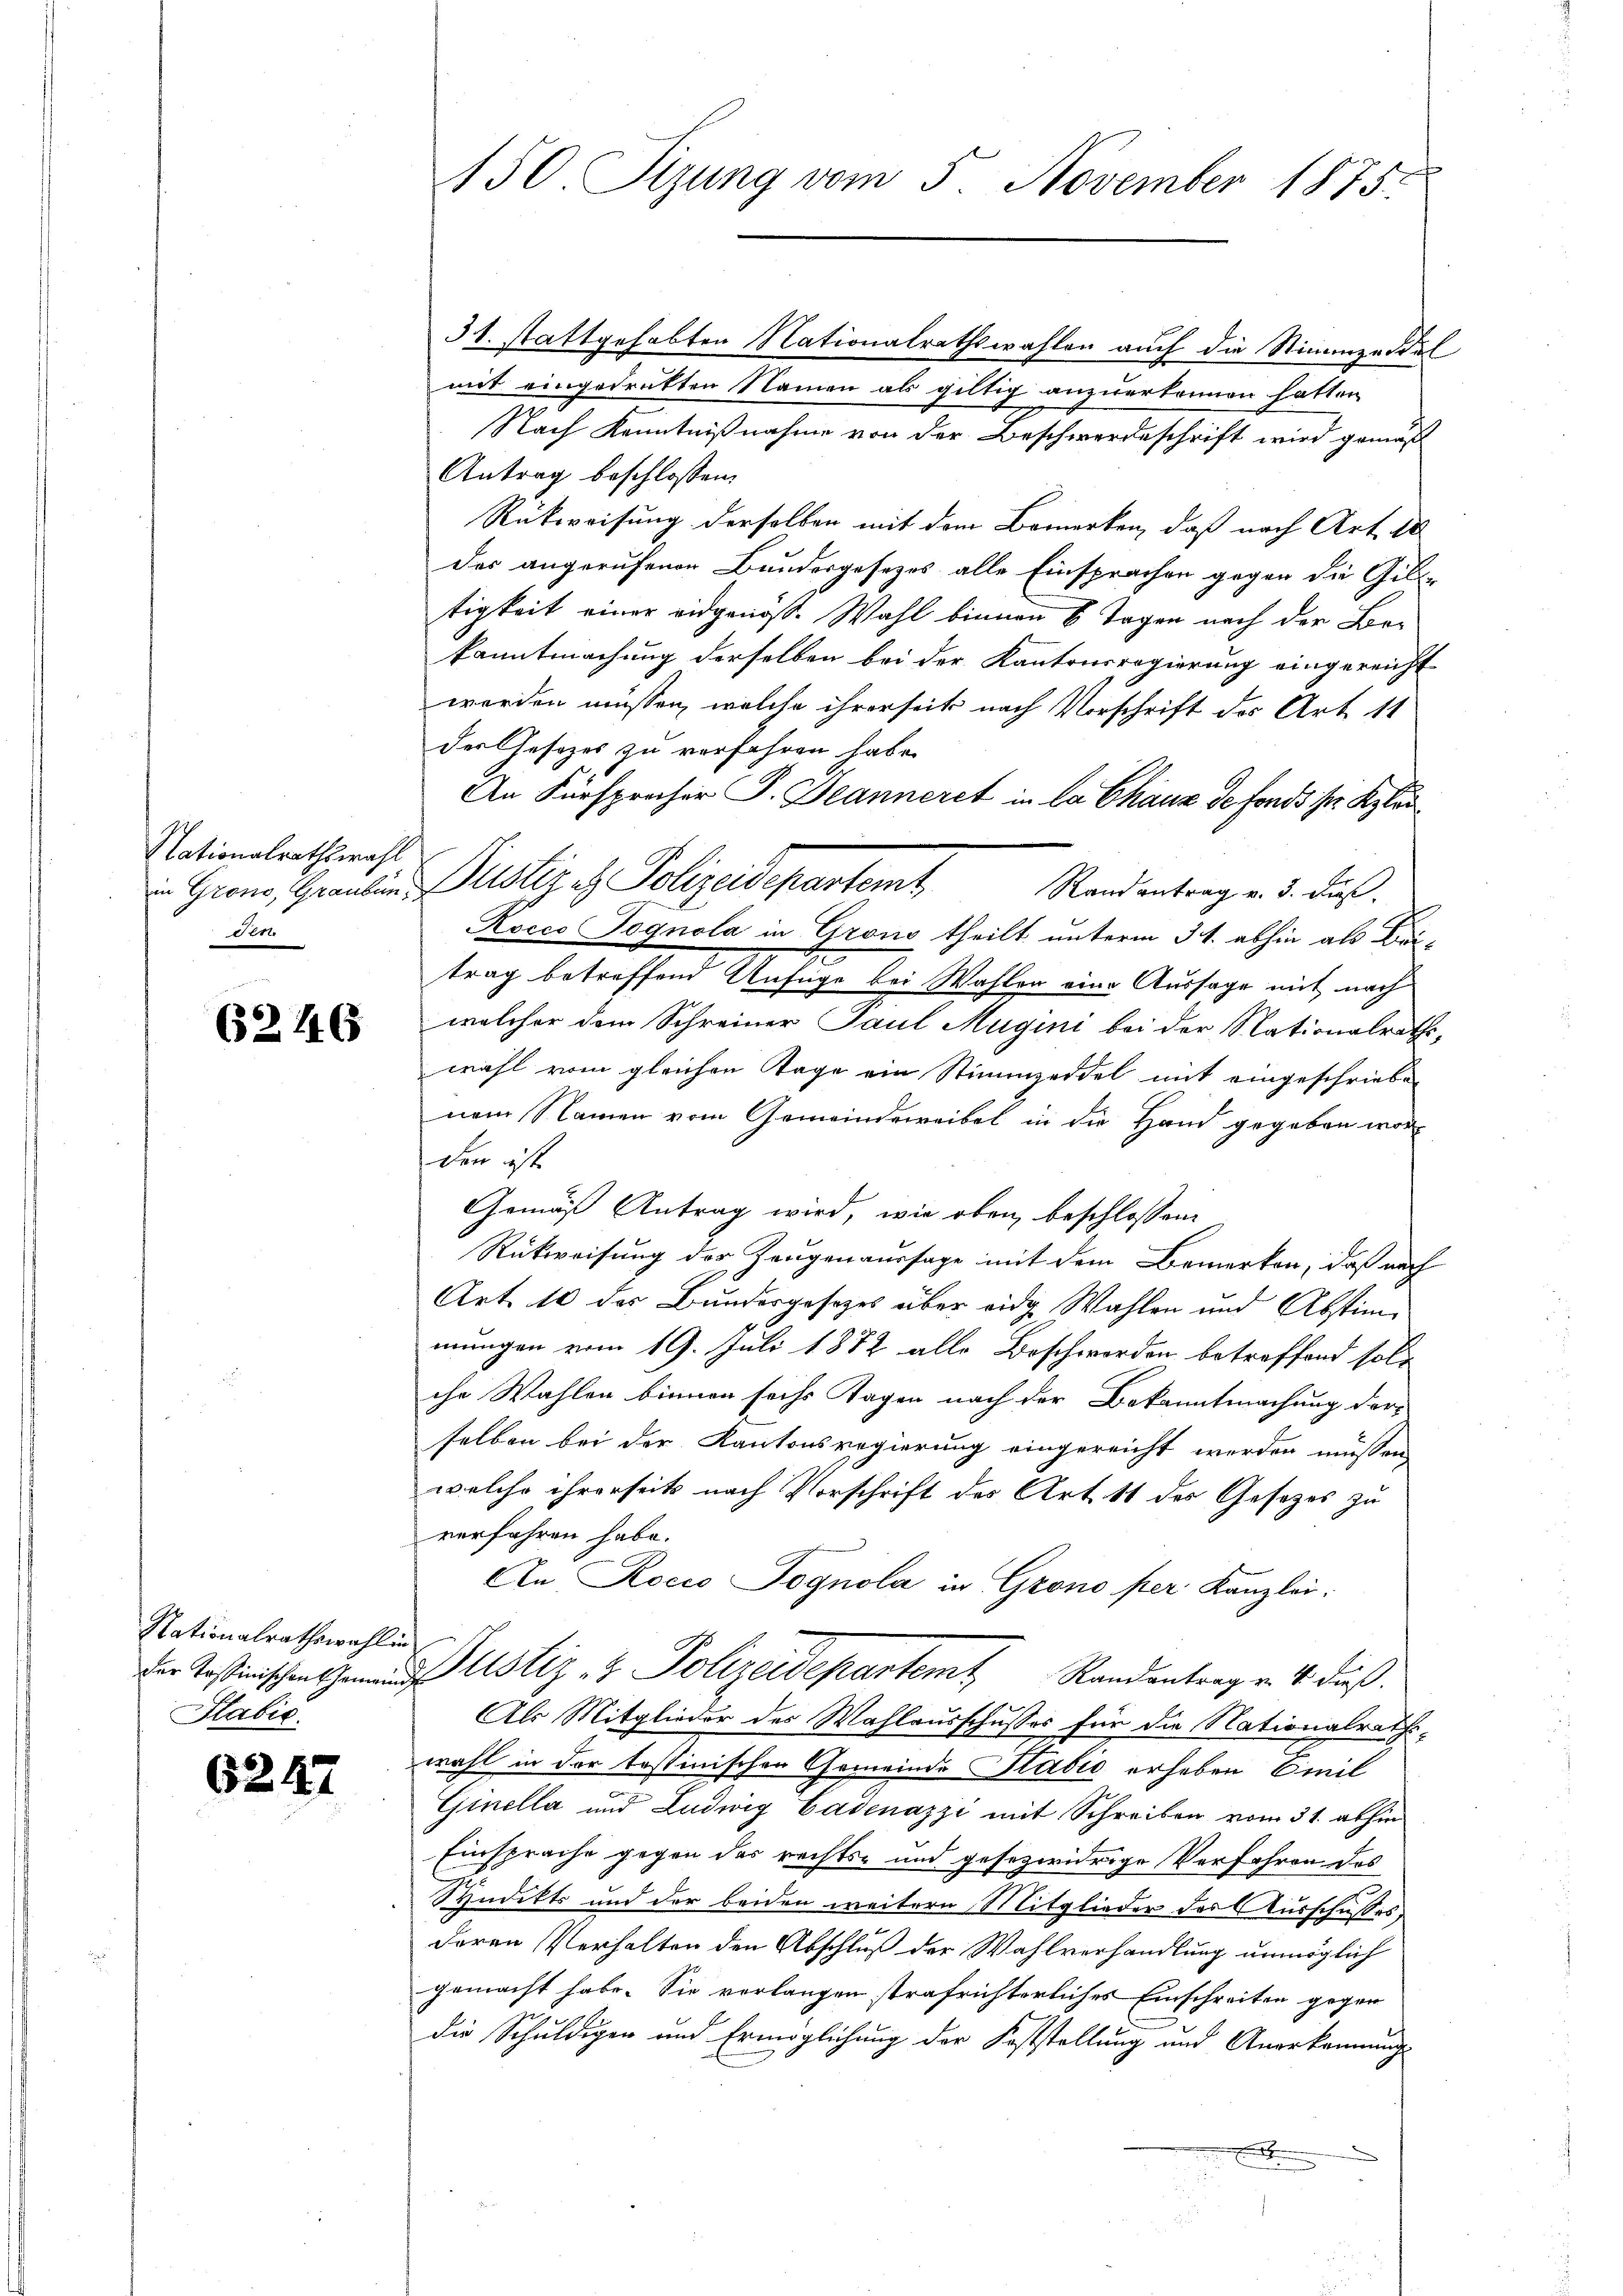
Nationalrathswahl
Fert

62146

Nationalrathswahl in
der Tessinischen Gemein
Stabić.

6247

31. stattgehabten Nationalrathswahlen auch die Stimmendial
mit eingedrukten Namen als giltig anzuerkennen hatten
Nach Kenntnißnahme von der Beschwerdeschrift wird gemäß
Antrag beschlossen:
Rückweisung derselben mit dem Bemerken, daß nach Art. 18
der angerufenen Bundesgesetzes alle Einsprachen gegen die Gill-
tigkeit einer eidgenoss. Wahl binnen 6 Tagen nach der Bekanntmachung derselben bei der Kantonsregierung eingereicht
werden müssen, welche ihrerseit nach Vorschrift des Art 11
der Gesetzes zu verfahren habe.
An Fürsprecher P. Jeanneret in la Chaux de fonds ser Klei¬
Randantrag v. 3. ds.
Rocco Pognola in Grono theilt unterm 3. abhin als Pritrag betreffend Unfüge bei Wahlen eine Aussage mit nach
welcher dem Schreiner Paul Mugini bei der Nationalraths,
wahl vom gleichen Tage ein Stimmzeddel mit eingeschrieben
nem Namen vom Gemeindeweibel in die Hand gegeben worden ist
Gemäß Antrag wird, wie oben beschlossene
Rückweisung der Zeugenaussage mit dem Bemerken, daß nach
Art. 10 des Bundesgesetzes über eidg Wahlen und Abstimi
mungen vom 19. Juli 1872 alle Beschwerden betreffend soll
chr Wahlen binnen sechs Tagen nach der Bekanntmachung derselben bei der Kantonsregierung eingereicht werden müssen
welche ihrerseits nach Vorschrift des Art. 11 des Gesetzes zu
verfahren habe.
An Rocio Pognola in Grono per Kanzlei:
Justiz- & Polizeidepartem Randantrag v. 4. daß
Als Mitglieder des Wahlausschusses für die Nationalrathswahl in der tostinischen Gemeinde Stadio erheben Emil
Ginella und Ludwig Badenazzi mit Schreiben vom 31. abhin
Einsprache gegen das rechts- und gesezwidrige Verfahren des
Hudekts und der beiden weitern Mitglieder des Ausschusses,
deren Verhalten den Abschluß der Wahlverhandlung unmöglich
gemacht habe. Sie vorlangen strafrichterliches Einschreiten gegen
die Schuldigen und Ermöglichung der Feststellung und Anerkennung

150 Sizung vom 5 November 1875.

Giono, Grauben Puster es Polizeidepartemt